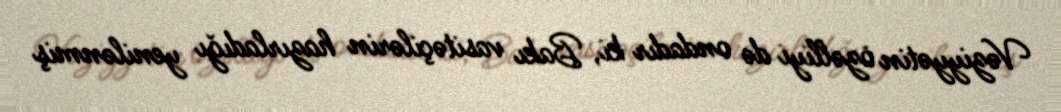
Vəziyyətin özəlliyi də ondadır ki, Bakı vasitəçilərin hazırladığı yenilənmiş